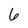
Character: 6